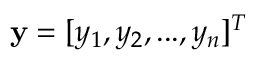
\mathbf { y } = [ y _ { 1 } , y _ { 2 } , . . . , y _ { n } ] ^ { T }